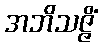
အဘိသဇ္ဇိံ